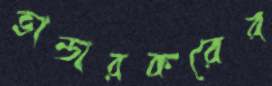
ভান্ডারকরের